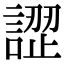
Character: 䜀